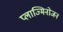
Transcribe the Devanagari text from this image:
प्लाज्मिनोजन